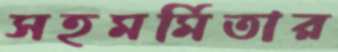
সহমর্মিতার